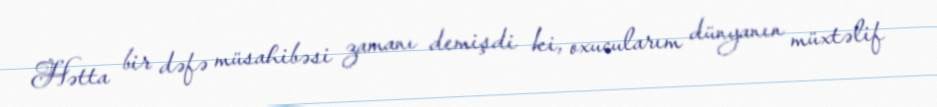
Hətta bir dəfə müsahibəsi zamanı demişdi ki, oxucularım dünyanın müxtəlif